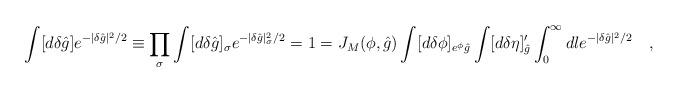
LaTeX: \begin{align*}\int [d \delta {\hat g} ] e^{-|\delta {\hat g}|^2/2} \equiv \prod_{\sigma} \int [d \delta {\hat g} ]_{\sigma} e^{-|\delta {\hat g}|_{\sigma}^2/2} = 1 = J_M({\cal \phi},{\hat g}) \int [d \delta {\cal \phi} ]_{e^\phi {\hat g}} \int [d \delta \eta]'_{\hat g} \int_0^{\infty} d l e^{-|\delta {\hat g}|^2/2} \quad ,\end{align*}